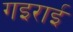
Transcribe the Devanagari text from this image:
गइराई